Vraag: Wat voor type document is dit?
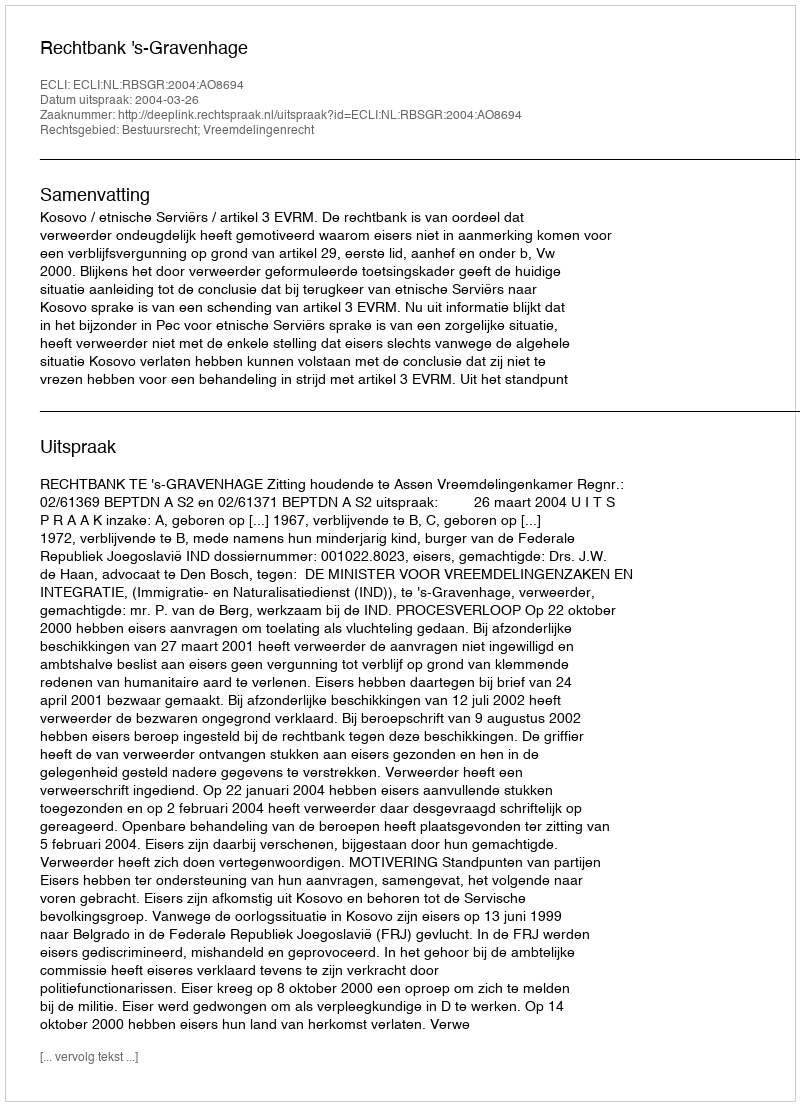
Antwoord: Uitspraak